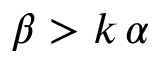
\beta > k \, \alpha